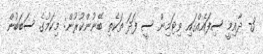
3- ދާއިމީ ސިފައެއްގައި ވިޓަމިން ސީ ފަދަ ތަކެތި ބޭނުންކުރުން: މިކަމުގެ ސަބަބުން